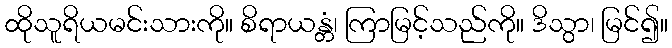
ထိုသူရိယမင်းသားကို။ စိရာယန္တံ၊ ကြာမြင့်သည်ကို။ ဒိသွာ၊ မြင်၍။